Annual statistical returns and brief notes on vaccination in Bengal - 1896-1909
Year: 1896
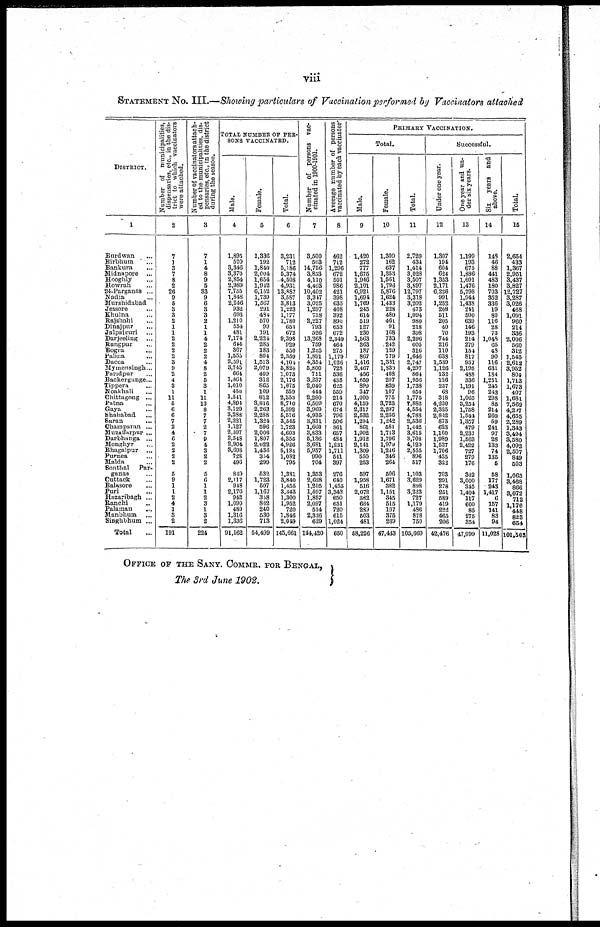
viii
STATEMENT No. III.—Showing particulars of Vaccination performed by Vaccinators attached
DISTRICT.
1
Burdwan ...
Birbhum ...
Bankura ...
Midnapore ...
Hooghly ...
Howrah ...
24-Parganas ...
Nadia ...
Murshidabad
Jessore ...
Khulna ...
Rajshahi ...
Dinajpur ...
Jalpaiguri ...
Darjeeling
...
Rangpur ...
Bogra ...
Pabna ...
Dacca ...
Mymensingh..
Faridpur ...
Backergunge...
Tippera ...
Noakhali ...
Chittagong ...
Patna ...
Gaya ...
Shahabad ...
Suran ...
Champaran ...
Muzaffarpur ...
Darbhanga ...
Monghyr ...
Bhagalpur ...
Purnea ...
Malda ...
Sonthal
Par¬
ganas ...
Cuttack ...
Balasore ...
Pari ...
Hazaribagh ...
Ranchi ...
Palaman ...
Manbhum ...
Singhbhum ...
Total ...
Number of municipalities,
dispensaries, etc., in the dis-
trict to which vaccinators
were attached.
2
7
1
3
7
8
2
26
9
5
3
3
2
1
1
2
2
2
2
3
9
2
4
3
1
11
5
6
6
7
2
4
6
2
2
2
2
5
9
1
1
2
4
1
3
2
191
Number of vaccinators attach-
ed to the municipalities, dis-
pensaries, etc., in the district
during the Season.
3
7
1
4
8
9
5
33
9
6
3
3
2
1
1
4
2
2
2
4
8
2
5
3
1
11
13
8
7
7
2
7
9
4
3
2
2
5
6
1
1
2
3
1
3
2
224
TOTAL NUMBER OF PER-
---- VACCINATED.
Male.
4
1,895
520
3,346
3,370
2,854
2,989
7,735
1,848
2,246
932
693
1,210
554
481
7,174
644
367
1,555
2,591
3,745
664
1,864
1,010
450
1,541
4,894
3,129
3,288
2,221
1,127
2,397
2,518
2,904
3,698
728
496
849
2,117
948
2,176
942
1,090
480
1,316
1,336
91,162
Female.
5
1,336
192
1,840
2,004
1,654
1,942
6,152
1,739
1,567
291
484
570
99
191
2,224
285
183
804
1,513
2,079
409
312
865
109
812
3,816
2,263
2,288
1,324
596
2,006
1,807
2,022
1,438
354
299
532
1,723
507
1,167
308
862
240
530
713
54,499
Total.
6
3,231
712
5,186
5,374
4,508
4,931
13,887
3,587
3,813
1,223
1,177
1,780
653
672
9,398
929
550
2,359
4,104
5,824
1,073
2,176
1,875
559
2,353
8,710
5,392
5,576
3,545
1,723
4,603
4,355
4,926
5,134
1,082
795
1,381
3,840
1,455
3,343
1,300
1,952
720
1,846
2,049
145,661
Number of persons vac-
cinated in 1900-1901.
7
3,500
503
14,756
3,853
4,110
4,403
10,402
3,347
3,025
1,297
758
2,227
793
526
13,268
759
1,225
1,891
4,354
5,800
711
3,237
2,040
444
2,280
6,509
3,969
4,935
3,331
1,660
3,833
5,136
3,681
5,957
990
704
1,353
2,628
1,205
1,697
1,857
2,097
514
2,326
629
144,420
Average number of persons
vaccinated by each vaccinator
8
462
712
1,296
672
501
986
421
398
635
408
392
890
653
672
2,349
464
275
1,179
1,026
728
536
435
625
559
214
670
674
796
506
861
657
484
1,231
1,711
541
397
276
640
1,455
3,343
650
651
720
615
1,024
650
PRIMARY VACCINATION.
Total.
Male.
9
1,420
272
777
1,675
1,946
2,101
6,921
1,694
1,769
245
614
519
127
230
1,563
363
187
867
1,416
2,467
456
1,659
899
347
1,000
4,159
2,317
2,532
1,294
861
1,902
1,912
2,141
1,309
550
253
597
1,958
516
2,072
382
664
289
503
481
58,226
Female.
10
1,309
162
637
1,353
1,561
1,796
5,876
1,624
1,433
228
480
461
91
168
733
242
129
779
1,331
1,889
408
297
839
107
775
3,723
2,237
2,256
1,242
581
1,713
1,796
1,979
1,246
346
264
506
1,671
382
1,151
345
515
197
375
269
47,443
Total.
11
2,729
431
1,414
3,028
3,507
3,897
12,797
3,318
3,202
473
1,094
980
218
398
2,296
605
316
1,646
2,747
4,297
864
1,956
1,738
454
1,775
7,882
4,554
4,788
2,536
1,442
3,615
3,708
4,120
2,555
896
517
1,103
3,629
898
3,223
727
1,179
486
878
750
105,669
Successful.
Under one year.
12
1,307
194
604
624
1,353
2,171
6,226
991
1,252
208
511
205
40
70
744
216
110
638
1,539
1,126
132
126
237
68
318
4,230
2,325
2,812
873
623
1,160
1,989
1,537
1,706
435
322
703
291
278
251
589
419
222
465
206
42,476
One year and un-
der six years.
13
1,199
193
675
1,886
1,601
1,476
5,798
1,944
1,438
241
500
639
146
193
214
279
154
817
957
2,195
488
336
1,191
96
1,065
3,254
1,758
1,544
1,357
479
2,237
1,563
2,422
727
279
176
302
3,000
345
1,404
117
600
85
275
354
47,999
Six
years and
above.
14
148
46
88
441
483
180
703
352
336
19
80
116
28
73
1,048
65
48
90
116
631
184
1,251
245
243
298
85
214
269
59
241
97
28
133
74
135
5
58
177
243
1,417
6
157
141
83
94
11,028
Total.
16
2,654
433
1,367
2,951
3,437
3,827
12,727
3,287
3,026
468
1,091
960
214
336
2,006
560
312
1,545
2,612
3,952
804
1,713
1,673
407
1,681
7,569
4,297
4,655
2,289
1,343
3,494
3,580
4,092
2,507
849
503
1,063
3,468
866
3,072
712
1,176
448
823
654
101,593
OFFICE OF THE SANY. COMMR. FOR BENGAL,
The 3rd June 1902.